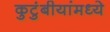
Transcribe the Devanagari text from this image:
कुटुंबीयांमध्ये